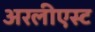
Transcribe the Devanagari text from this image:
अरलीएस्ट